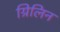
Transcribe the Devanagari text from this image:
ग्रिलिन